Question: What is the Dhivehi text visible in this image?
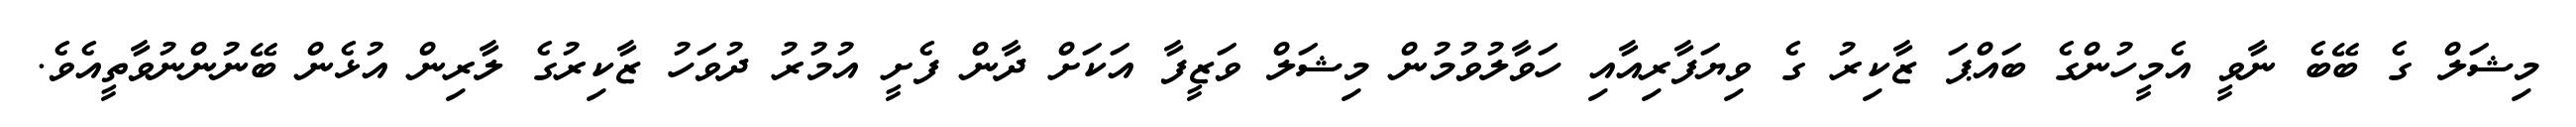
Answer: މިޝަލް ގެ ބޭބެ ނާވީ އެމީހުންގެ ބައްޕަ ޒާކިރު ގެ ވިޔަފާރިއާއި ހަވާލުވުމުން މިޝަލް ވަޒީފާ އަކަށް ދާން ފެށީ އުމުރު ދުވަހު ޒާކިރުގެ ލާރިން އުޅެން ބޭނުންނުވާތީއެވެ.